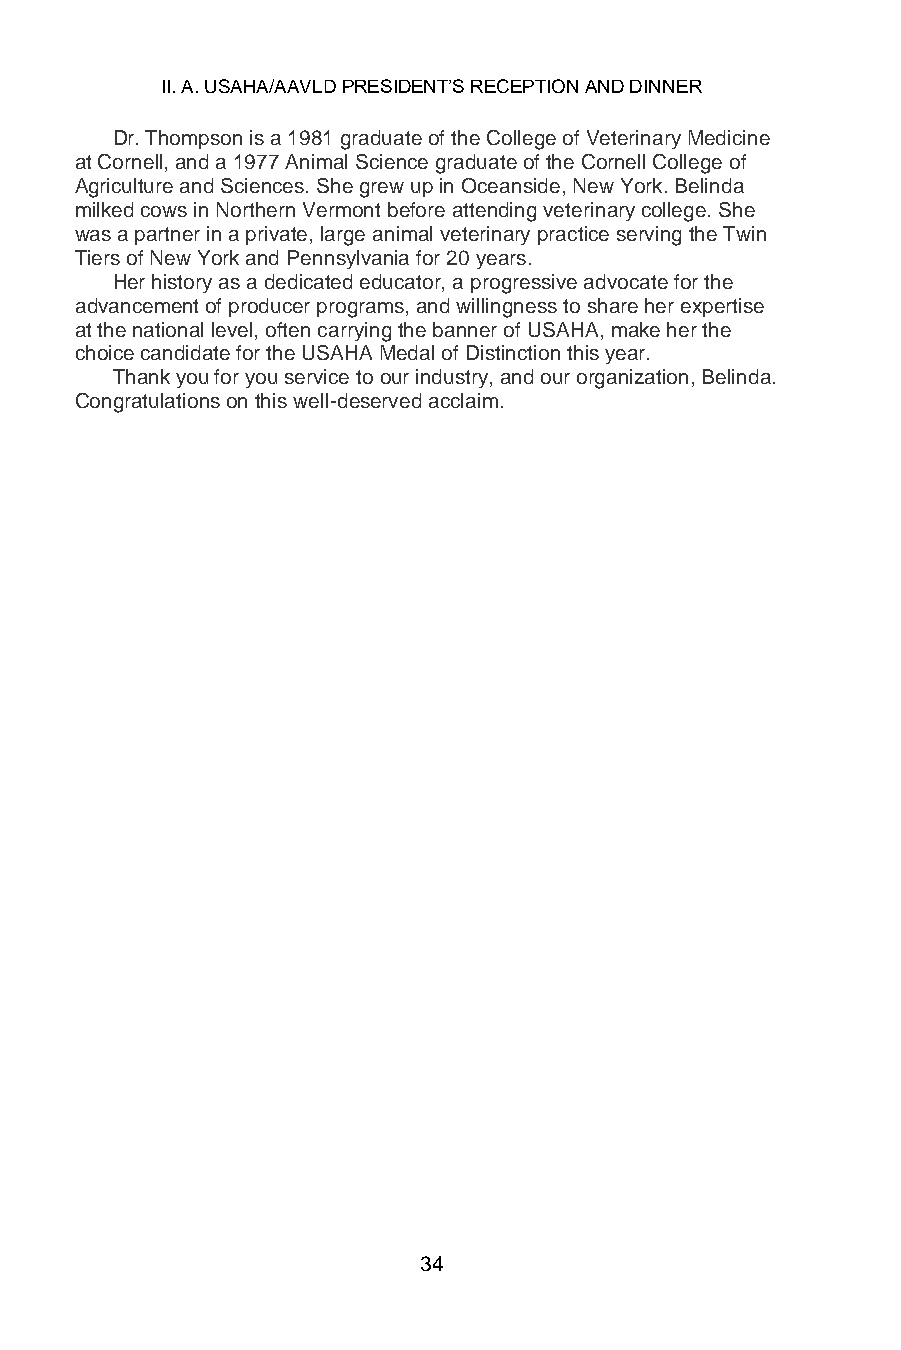
II. A. USAHA/AAVLD PRESIDENT’S RECEPTION AND DINNER
 Dr. Thompson is a 1981 graduate of the College of Veterinary Medicine
 at Cornell, and a 1977 Animal Science graduate of the Cornell College of
 Agriculture and Sciences. She grew up in Oceanside, New York. Belinda
 milked cows in Northern Vermont before attending veterinary college. She
 was a partner in a private, large animal veterinary practice serving the Twin
 Tiers of New York and Pennsylvania for 20 years.
 Her history as a dedicated educator, a progressive advocate for the
 advancement of producer programs, and willingness to share her expertise
 at the national level, often carrying the banner of USAHA, make her the
 choice candidate for the USAHA Medal of Distinction this year.
 Thank you for you service to our industry, and our organization, Belinda.
 Congratulations on this well-deserved acclaim.
 34